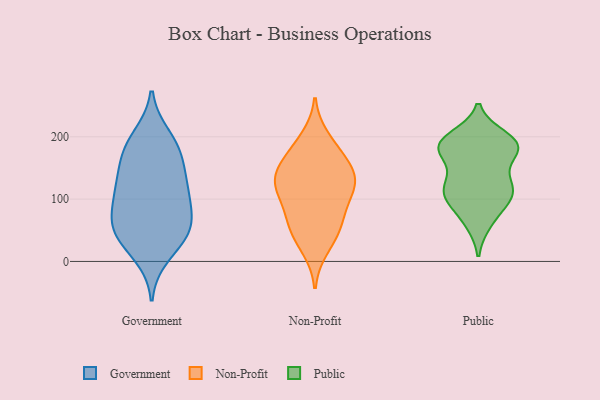
{"axis": {"x": "Temperature (°C)", "y": "Value"}, "legend": ["Government", "Non-Profit", "Public"], "data": [{"x": "", "y": 47, "type": "Government"}, {"x": "", "y": 35, "type": "Government"}, {"x": "", "y": 110, "type": "Government"}, {"x": "", "y": 46, "type": "Government"}, {"x": "", "y": 103, "type": "Government"}, {"x": "", "y": 168, "type": "Government"}, {"x": "", "y": 122, "type": "Government"}, {"x": "", "y": 62, "type": "Government"}, {"x": "", "y": 190, "type": "Government"}, {"x": "", "y": 10, "type": "Government"}, {"x": "", "y": 200, "type": "Government"}, {"x": "", "y": 148, "type": "Government"}, {"x": "", "y": 57, "type": "Government"}, {"x": "", "y": 175, "type": "Government"}, {"x": "", "y": 116, "type": "Government"}, {"x": "", "y": 74, "type": "Government"}, {"x": "", "y": 143, "type": "Non-Profit"}, {"x": "", "y": 117, "type": "Non-Profit"}, {"x": "", "y": 46, "type": "Non-Profit"}, {"x": "", "y": 102, "type": "Non-Profit"}, {"x": "", "y": 166, "type": "Non-Profit"}, {"x": "", "y": 198, "type": "Non-Profit"}, {"x": "", "y": 126, "type": "Non-Profit"}, {"x": "", "y": 131, "type": "Non-Profit"}, {"x": "", "y": 79, "type": "Non-Profit"}, {"x": "", "y": 149, "type": "Non-Profit"}, {"x": "", "y": 52, "type": "Non-Profit"}, {"x": "", "y": 65, "type": "Non-Profit"}, {"x": "", "y": 179, "type": "Non-Profit"}, {"x": "", "y": 21, "type": "Non-Profit"}, {"x": "", "y": 122, "type": "Non-Profit"}, {"x": "", "y": 104, "type": "Public"}, {"x": "", "y": 186, "type": "Public"}, {"x": "", "y": 117, "type": "Public"}, {"x": "", "y": 100, "type": "Public"}, {"x": "", "y": 199, "type": "Public"}, {"x": "", "y": 177, "type": "Public"}, {"x": "", "y": 191, "type": "Public"}, {"x": "", "y": 183, "type": "Public"}, {"x": "", "y": 129, "type": "Public"}, {"x": "", "y": 105, "type": "Public"}, {"x": "", "y": 104, "type": "Public"}, {"x": "", "y": 174, "type": "Public"}, {"x": "", "y": 66, "type": "Public"}, {"x": "", "y": 186, "type": "Public"}, {"x": "", "y": 192, "type": "Public"}, {"x": "", "y": 135, "type": "Public"}, {"x": "", "y": 62, "type": "Public"}, {"x": "", "y": 118, "type": "Public"}, {"x": "", "y": 182, "type": "Public"}]}